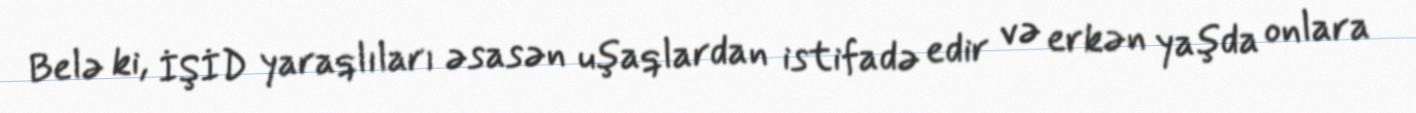
Belə ki, İŞİD yaraqlıları əsasən uşaqlardan istifadə edir və erkən yaşda onlara